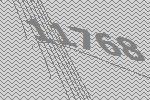
11768